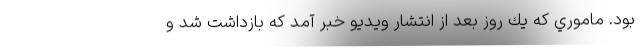
بود. ماموري كه يك روز بعد از انتشار ويديو خبر آمد كه بازداشت شد و